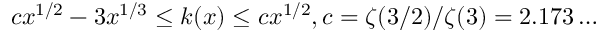
c x ^ { 1 / 2 } - 3 x ^ { 1 / 3 } \leq k ( x ) \leq c x ^ { 1 / 2 } , c = \zeta ( 3 / 2 ) / \zeta ( 3 ) = 2 . 1 7 3 \ldots